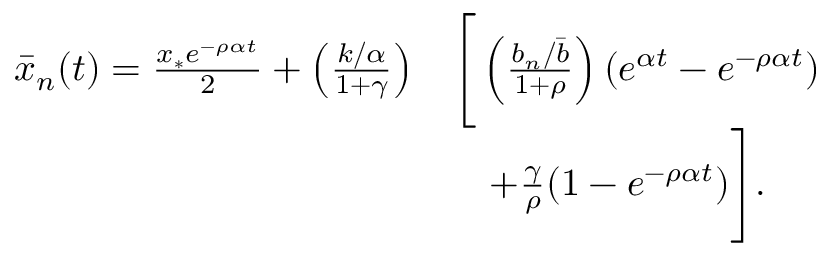
\begin{array} { r l } { \bar { x } _ { n } ( t ) = \frac { x _ { * } e ^ { - \rho \alpha t } } { 2 } + \left( \frac { k / \alpha } { 1 + \gamma } \right) } & { \Bigg [ \left( \frac { b _ { n } / \bar { b } } { 1 + \rho } \right) ( e ^ { \alpha t } - e ^ { - \rho \alpha t } ) } \\ & { \quad + \frac { \gamma } { \rho } ( 1 - e ^ { - \rho \alpha t } ) \Bigg ] . } \end{array}